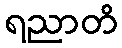
ရညာတိ